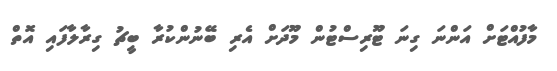
މާފުއްޓަށް އަންނަ ގިނަ ޓޫރިސްޓުން މޫދަށް އެރި ބޭނުންކުރާ ބީޗު ގިރާލާފައި އޮތް